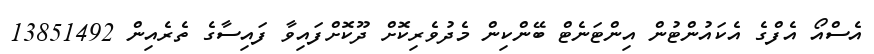
އެސްއޯ އެފްގެ އެކައުންޓުން އިންޓަނެޓް ބޭންކިން މެދުވެރިކޮށް ދޫކޮށްފައިވާ ފައިސާގެ ތެރެއިން 13851492